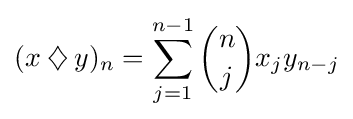
(x\mathbin {\diamondsuit } y)_{n}=\sum _{j=1}^{n-1}{n \choose j}x_{j}y_{n-j}